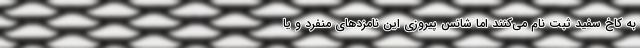
به کاخ سفید ثبت نام می‌کنند اما شانس پیروزی این نامزدهای منفرد و یا